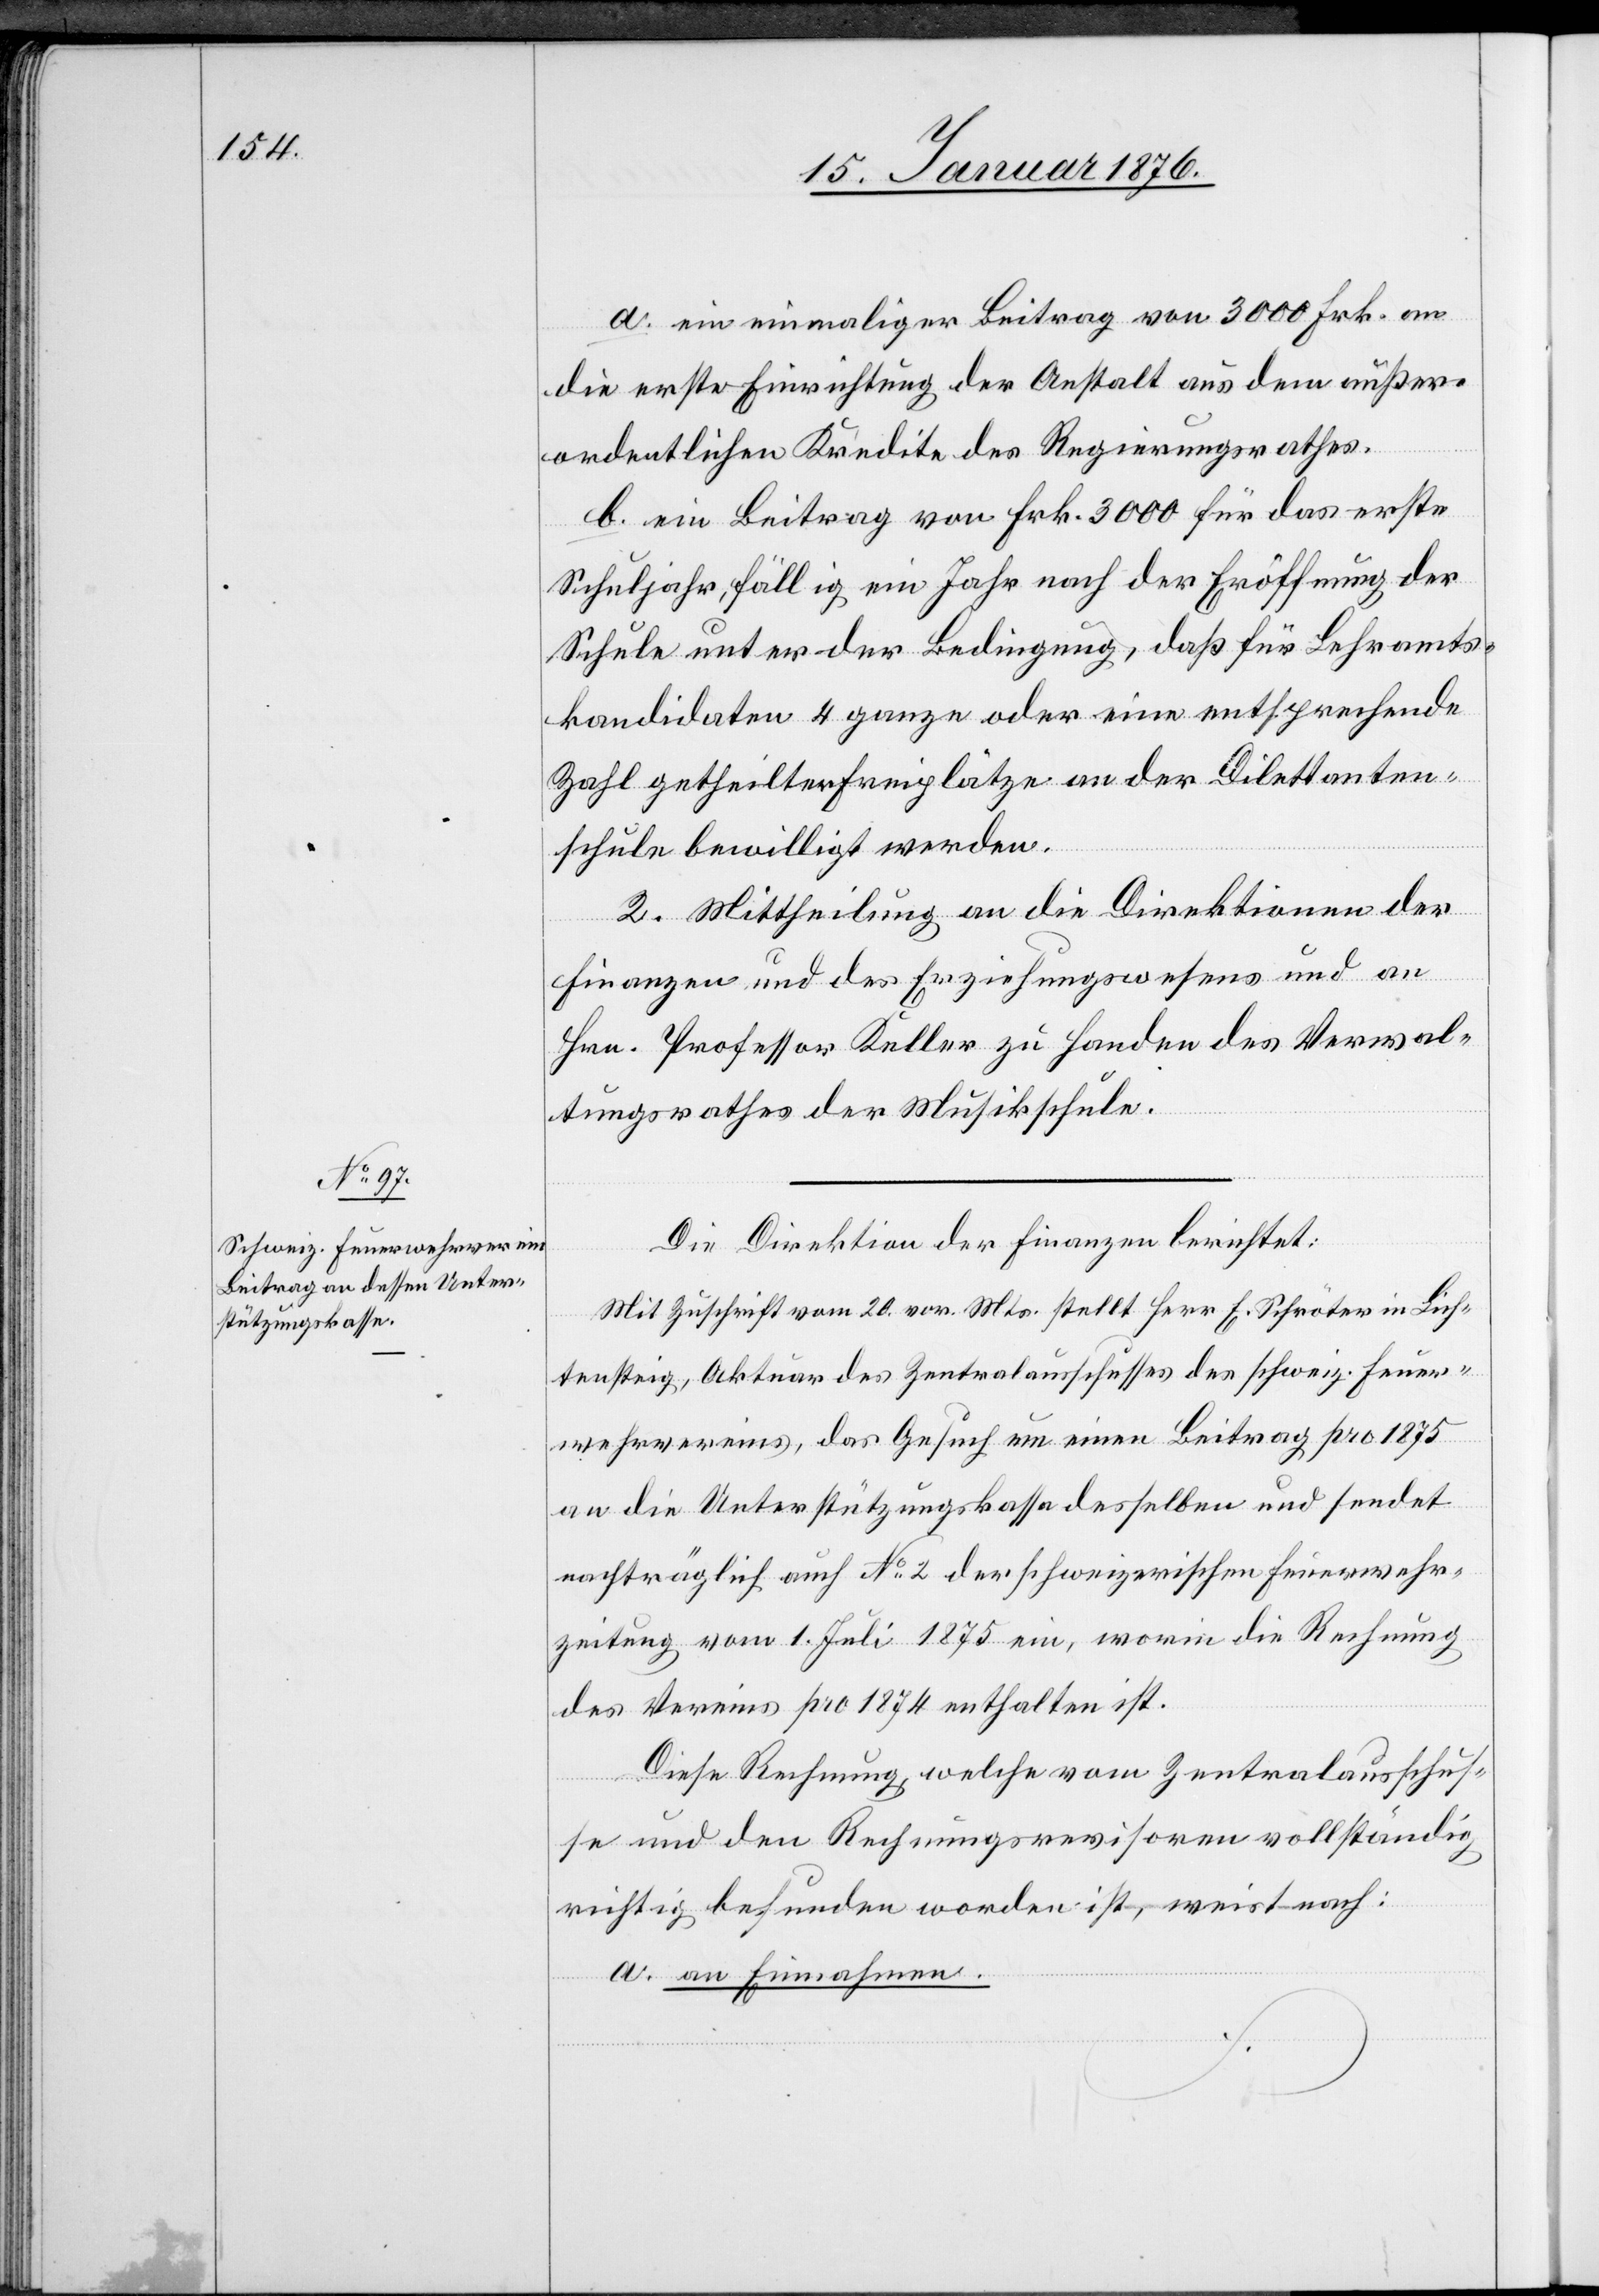
a. ein einmaliger Beitrag von 3000 Frk. an
die erste Einrichtung der Anstalt aus dem außer¬
ordentlichen Kredite des Regierungsrathes.
b. ein Beitrag von Frk. 3000 für das erste
Schuljahr, fällig ein Jahr nach der Eröffnung der
Schule unter der Bedingung, daß für Lehramts¬
kandidaten 4 ganze oder eine entsprechende
Zahl getheilter Freiplätze an der Dilettanten¬
schule bewilligt werden.
2. Mittheilung an die Direktion der
Finanzen und des Erziehungswesens und an
Hrn. Professor Keller zu Handen des Verwal¬
tungsrathes der Musikschule.
Die Direktion der Finanzen berichtet:
Mit Zuschrift vom 20. vor. Mts. stellt Herr E. Schröter in Lich¬
tensteig, Aktuar des Zentralausschusses des schweiz. Feuer¬
wehrvereines, das Gesuch um einen Beitrag pro 1875
an die Unterstützungskasse desselben und sendet
nachträglich auch No. 2 der schweizerischen Feuerwehr¬
zeitung vom 1. Juli 1875 ein, worin die Rechnung
des Vereins pro 1874 enthalten ist.
Diese Rechnung, welche vom Zentralausschus¬
se und den Rechnungsrevisoren vollständig
richtig befunden worden ist, weist nach:
a. an Einnahmen.